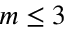
m \le 3